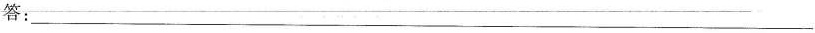
答：___